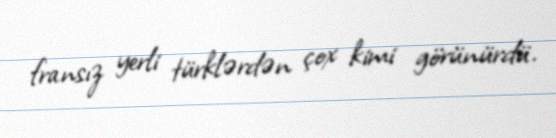
fransız yerli türklərdən çox kimi görünürdü.